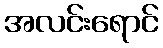
အလင်းရောင်